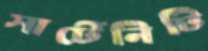
সার্টেনিটি